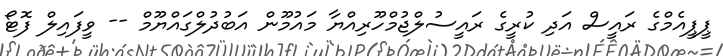
ޕީޕީއެމްގެ ރައީސް އަދި ކުރީގެ ރައީސުލްޖުމްހޫރިއްޔާ މައުމޫން އަބުދުލްގައްޔޫމް -- ވީފައިލް ފޮޓޯ